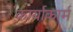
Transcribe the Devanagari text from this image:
कार्याकार्म